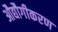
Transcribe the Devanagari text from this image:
औद्यौगीकरण